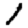
Digit: 1